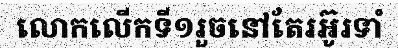
លោកលើកទី១រួចនៅតែរអ៊ូរទាំ